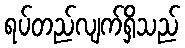
ရပ်တည်လျက်ရှိသည်